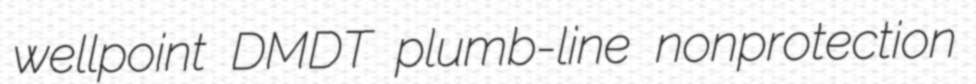
wellpoint DMDT plumb-line nonprotection